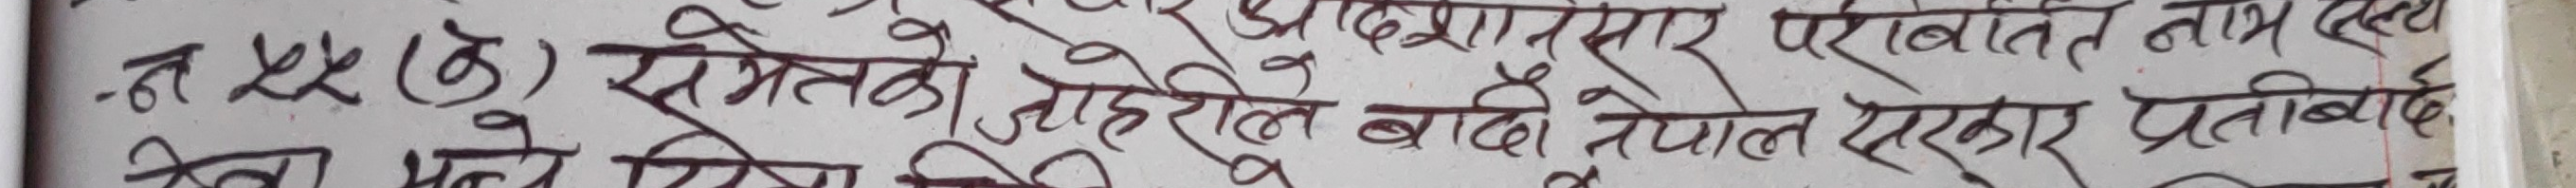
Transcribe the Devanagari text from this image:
-नं ५५ (ठ) समेतको ठेहरीले बाली नेपास कार प्रतिबाय